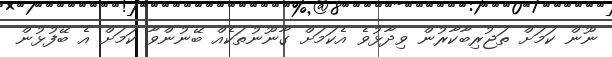
ނޫން ކަމަށް ތަޖުރިބާކާރުން ވިދާޅުވެ އެކަމަށް ގާނޫނުތަކެއް ބޭނުންވާ ކަމަށް އެ ބޭފުޅުން